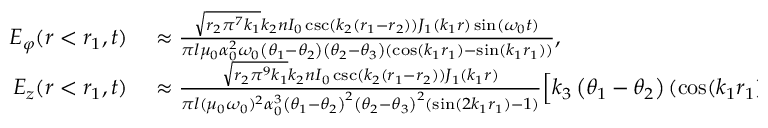
\begin{array} { r l } { E _ { \varphi } ( r < r _ { 1 } , t ) } & { { } \approx \frac { \sqrt { r _ { 2 } \pi ^ { 7 } k _ { 1 } } k _ { 2 } n I _ { 0 } \csc ( k _ { 2 } ( r _ { 1 } - r _ { 2 } ) ) J _ { 1 } ( k _ { 1 } r ) \sin ( \omega _ { 0 } t ) } { \pi l \mu _ { 0 } \alpha _ { 0 } ^ { 2 } \omega _ { 0 } \left( \theta _ { 1 } - \theta _ { 2 } \right) \left( \theta _ { 2 } - \theta _ { 3 } \right) ( \cos ( k _ { 1 } r _ { 1 } ) - \sin ( k _ { 1 } r _ { 1 } ) ) } , } \\ { E _ { z } ( r < r _ { 1 } , t ) } & { { } \approx \frac { \sqrt { r _ { 2 } \pi ^ { 9 } k _ { 1 } } k _ { 2 } n I _ { 0 } \csc ( k _ { 2 } ( r _ { 1 } - r _ { 2 } ) ) J _ { 1 } ( k _ { 1 } r ) } { \pi l ( \mu _ { 0 } \omega _ { 0 } ) ^ { 2 } \alpha _ { 0 } ^ { 3 } \left( \theta _ { 1 } - \theta _ { 2 } \right) ^ { 2 } \left( \theta _ { 2 } - \theta _ { 3 } \right) ^ { 2 } ( \sin ( 2 k _ { 1 } r _ { 1 } ) - 1 ) } \Big [ k _ { 3 } \left( \theta _ { 1 } - \theta _ { 2 } \right) ( \cos ( k _ { 1 } r _ { 1 } ) - \sin ( k _ { 1 } r _ { 1 } ) ) \sin ( \omega _ { 0 } t ) } \end{array}